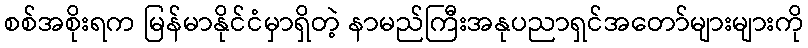
စစ်အစိုးရက မြန်မာနိုင်ငံမှာရှိတဲ့ နာမည်ကြီးအနုပညာရှင်အတော်များများကို